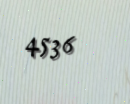
4536